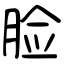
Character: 脸